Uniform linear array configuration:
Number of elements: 8
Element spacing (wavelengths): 0.75
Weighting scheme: hamming
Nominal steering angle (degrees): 30
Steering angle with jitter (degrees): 31.715
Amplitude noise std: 0.05
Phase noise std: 0.05

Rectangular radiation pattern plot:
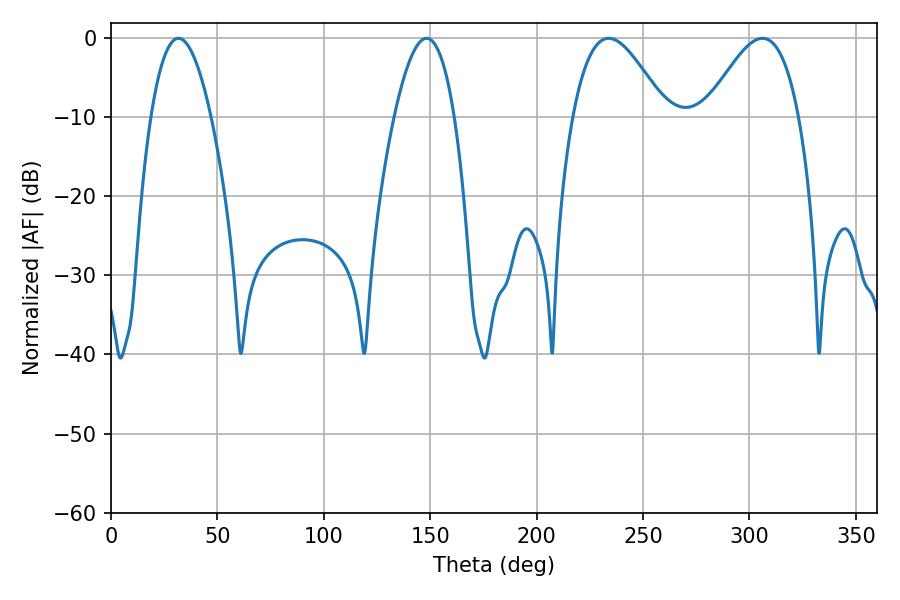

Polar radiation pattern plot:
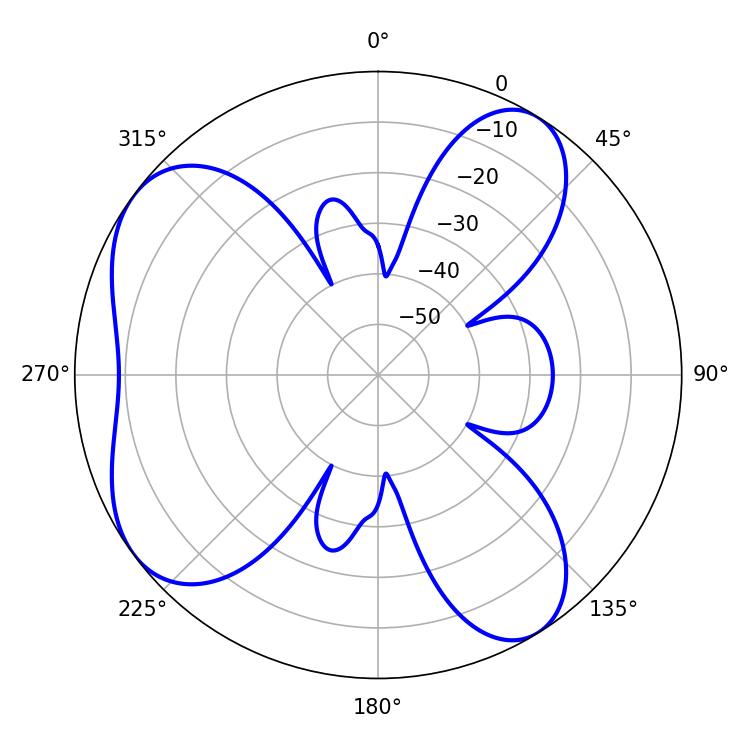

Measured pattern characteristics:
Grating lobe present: TRUE
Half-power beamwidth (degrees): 15.48
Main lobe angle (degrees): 31.68